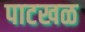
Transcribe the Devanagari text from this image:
पाटखळ